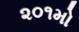
૨૦૧મો